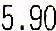
5.90